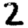
Digit: 2